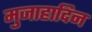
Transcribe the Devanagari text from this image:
मुजाहादिन